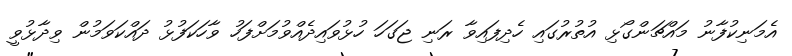
އެމަނިކުފާނު މައްޗަންގޯޅި އުތުރުގައި ހެދިފައިވާ ރަނި ޖަގަަހަ ހުޅުވައިދެއްވުމަށްފަހު ވާހަކަފުޅު ދައްކަވަމުން ވިދާޅުވީ